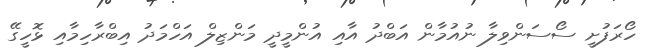
ހޯރަފުށީ ސޯސަންވިލާ ނުއުމާން އަބްދު އާއި އުންމީދީ މަންޒިލް އަހްމަދު އިބްރާހިމާއި ޅޮހީގޭ